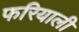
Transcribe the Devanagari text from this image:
फरियाली